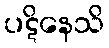
ပဋိနေသိ